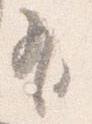
有